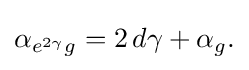
{\textstyle \alpha _{e^{2\gamma }g}=2\,d\gamma +\alpha _{g}.}